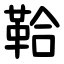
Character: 鞈